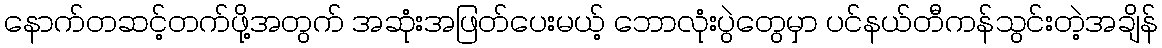
နောက်တဆင့်တက်ဖို့အတွက် အဆုံးအဖြတ်ပေးမယ့် ဘောလုံးပွဲတွေမှာ ပင်နယ်တီကန်သွင်းတဲ့အချိန်